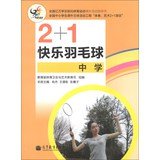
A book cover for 2 +1 Happy badminton ( Secondary )(Chinese Edition); JIAO YU BU TI YU WEI SHENG YU YI SHU JIAO YU SI . XIAO JIE . WANG DE ZHANG; Sports & Outdoors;